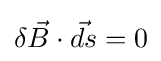
\delta {\vec {B}}\cdot {\vec {ds}}=0